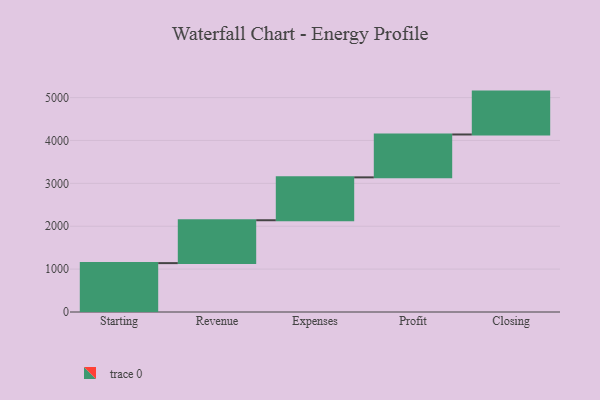
{"axis": {"x": "Step", "y": "Value"}, "legend": [""], "data": [{"x": "Starting", "y": 1140.0, "type": ""}, {"x": "Revenue", "y": 1000, "type": ""}, {"x": "Expenses", "y": 1000, "type": ""}, {"x": "Profit", "y": 1000, "type": ""}, {"x": "Closing", "y": 1000, "type": ""}]}